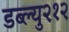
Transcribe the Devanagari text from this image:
डब्ल्यु२१२